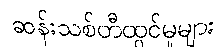
ဆန်းသစ်တီထွင်မှုများ